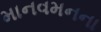
માનવમનના